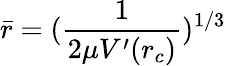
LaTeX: \bar{r}=(\frac{1}{2\mu V^{\prime}(r_{c})})^{1/3}